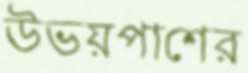
উভয়পাশের